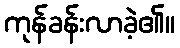
ကုန်ခန်းလာခဲ့၏။